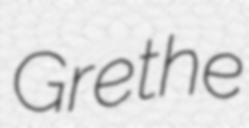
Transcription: Grethe